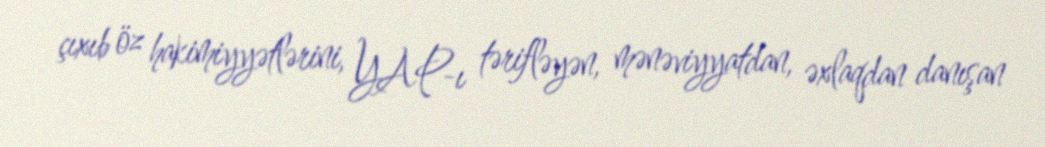
çıxıb öz hakimiyyətlərini, YAP-ı tərifləyən, mənəviyyatdan, əxlaqdan danışan